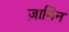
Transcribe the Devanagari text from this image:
ज़ामिन